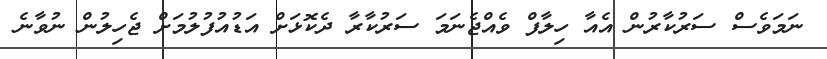
ނަމަވެސް ސަރުކާރުން އެއާ ހިލާފް ވެއްޖެނަމަ ސަރުކާރާ ދެކޮޅަށް އަޑުއުފުލުމަށް ޖެހިލުން ނުވާނެ